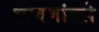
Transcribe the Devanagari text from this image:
भाषणांतले